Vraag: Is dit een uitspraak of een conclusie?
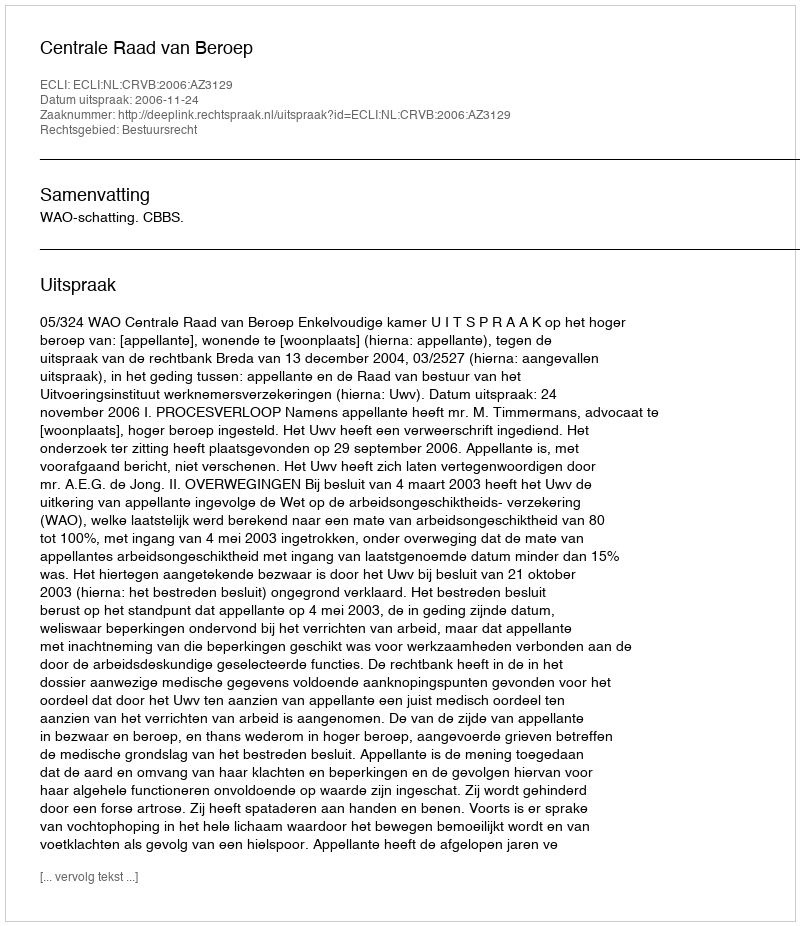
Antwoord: Uitspraak